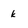
Character: k